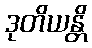
ဒုတိယန္တိ